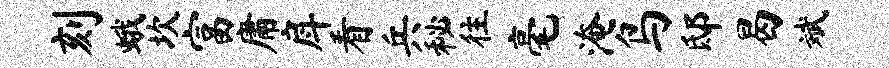
刻蛾坎富庸戽看兵秘往毫淹鸟邸曷斌